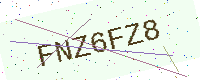
Text: FNZ6FZ8